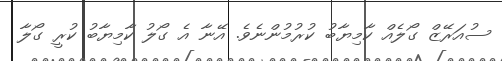
ސުއަރޭޒް ގޯލެއް ކާމިޔާބު ކުރުމުންނެވެ. އޭނާ އެ ގޯލު ކާމިޔާބު ކުރީ ގޯލާ